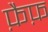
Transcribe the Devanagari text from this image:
फ़ैफ़